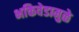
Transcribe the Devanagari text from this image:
भक्तिवेडामुळे